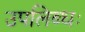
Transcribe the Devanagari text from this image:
उपलिब्धः